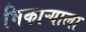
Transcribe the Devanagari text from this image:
भिकाऱ्याला